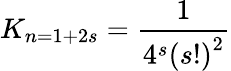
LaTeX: K_{n=1+2s}=\frac{1}{4^{s}\left(s!\right)^{2}}